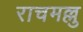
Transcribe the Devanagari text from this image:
राचमल्लु